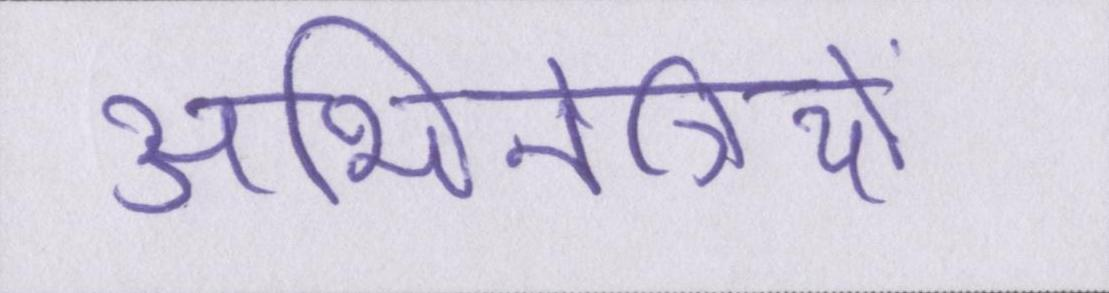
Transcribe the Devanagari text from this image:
अभिनेत्रियों